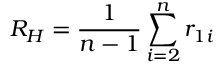
R _ { H } = \frac { 1 } { n - 1 } \sum _ { i = 2 } ^ { n } r _ { 1 i }